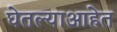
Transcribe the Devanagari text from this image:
घेतल्याआहेत